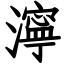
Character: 濘